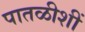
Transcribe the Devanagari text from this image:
पातळीशीं